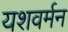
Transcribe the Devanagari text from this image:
यशवर्मन